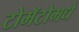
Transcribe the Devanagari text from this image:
टोमॅटोमधे